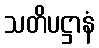
သတိပဋ္ဌာနံ